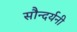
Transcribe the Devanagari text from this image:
सौन्दर्यनी